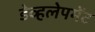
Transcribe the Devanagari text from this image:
डेव्हलेपमेंट